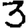
Digit: 3